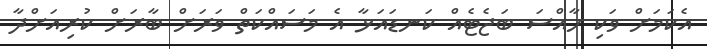
އެކަމަށް ވަކި ހާއްސަ ބަޖެޓެއް ކަނޑައަޅާ އެ މަސައްކަތް ވަރަށް ބާރަށް ކުރިއަށްދާ